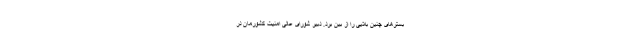
بسترهای چنین بلایی را از بین برد. دبیر شورای عالی امنیت کشورمان در